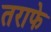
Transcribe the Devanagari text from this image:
तराफे